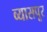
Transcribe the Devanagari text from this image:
व्यासपूर